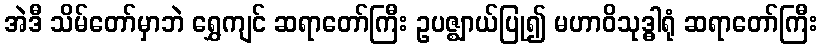
အဲဒီ သိမ်တော်မှာဘဲ ရွှေကျင် ဆရာတော်ကြီး ဥပဇ္ဈာယ်ပြု၍ မဟာဝိသုဒ္ဓါရုံ ဆရာတော်ကြီး